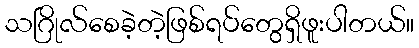
သဂြိုလ်စေခဲ့တဲ့ဖြစ်ရပ်တွေရှိဖူးပါတယ်။